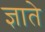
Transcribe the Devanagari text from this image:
ज्ञाते